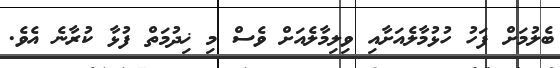
ބެލުމަށް ފަހު ހުޅުމާލެއަށާއި ވިލިމާލެއަށް ވެސް މި ޚިދުމަތް ފުޅާ ކުރާނެ އެވެ.